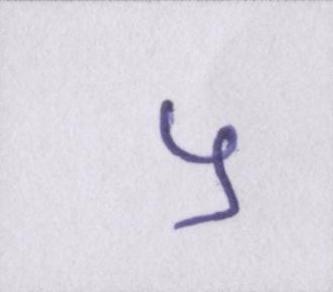
५